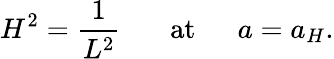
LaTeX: H^{2}={\frac{1}{L^{2}}}\ \ \ \ \ \ \ \mathrm{at}\ \ \ \ \ \ a=a_{H}.